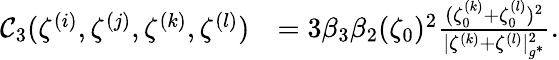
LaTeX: \begin{array}{rl}{\mathcal{C}_{3}(\zeta^{(i)},\zeta^{(j)},\zeta^{(k)},\zeta^{(l)})}&{=3\beta_{3}\beta_{2}(\zeta_{0})^{2}\frac{(\zeta_{0}^{(k)}+\zeta_{0}^{(l)})^{2}}{|{\zeta^{(k)}}+{\zeta^{(l)}}|_{g^{*}}^{2}}.}\end{array}